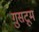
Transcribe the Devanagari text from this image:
गुसटूम